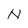
Character: N